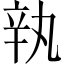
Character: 𰺥